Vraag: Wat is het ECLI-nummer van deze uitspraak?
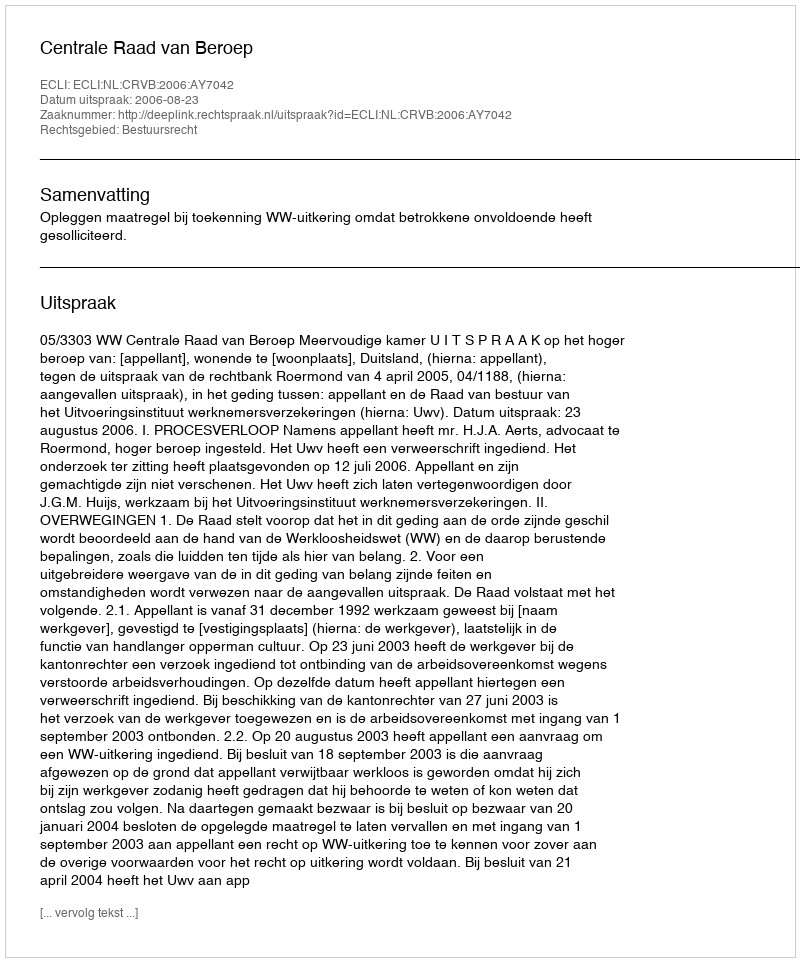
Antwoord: ECLI:NL:CRVB:2006:AY7042